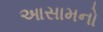
આસામનો